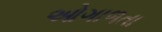
ઓગાળતા